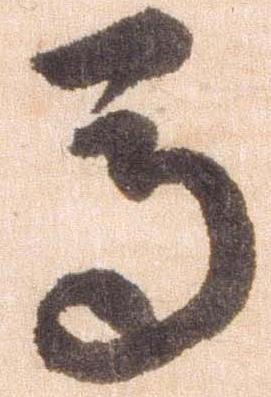
馬